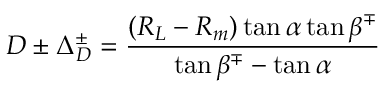
D \pm \Delta _ { D } ^ { \pm } = \frac { ( R _ { L } - R _ { m } ) \tan \alpha \tan \beta ^ { \mp } } { \tan \beta ^ { \mp } - \tan \alpha }